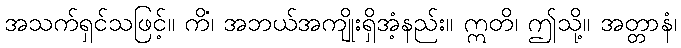
အသက်ရှင်သဖြင့်။ ကိံ၊ အဘယ်အကျိုးရှိအံ့နည်း။ ဣတိ၊ ဤသို့။ အတ္တာနံ၊